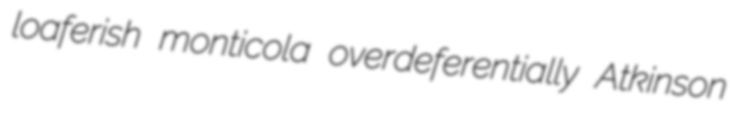
loaferish monticola overdeferentially Atkinson